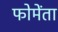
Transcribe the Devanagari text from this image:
फोमेंता